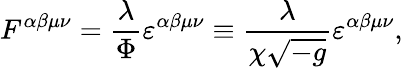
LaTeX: F^{\alpha\beta\mu\nu}=\frac{\lambda}{\Phi}\varepsilon^{\alpha\beta\mu\nu}\equiv\frac{\lambda}{\chi\sqrt{-g}}\varepsilon^{\alpha\beta\mu\nu},